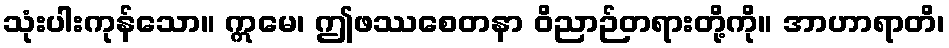
သုံးပါးကုန်သော။ ဣမေ၊ ဤဖဿစေတနာ ဝိညာဉ်တရားတို့ကို။ အာဟာရာတိ၊